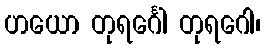
ဟယော တုရင်္ဂေါ တုရဂေါ၊